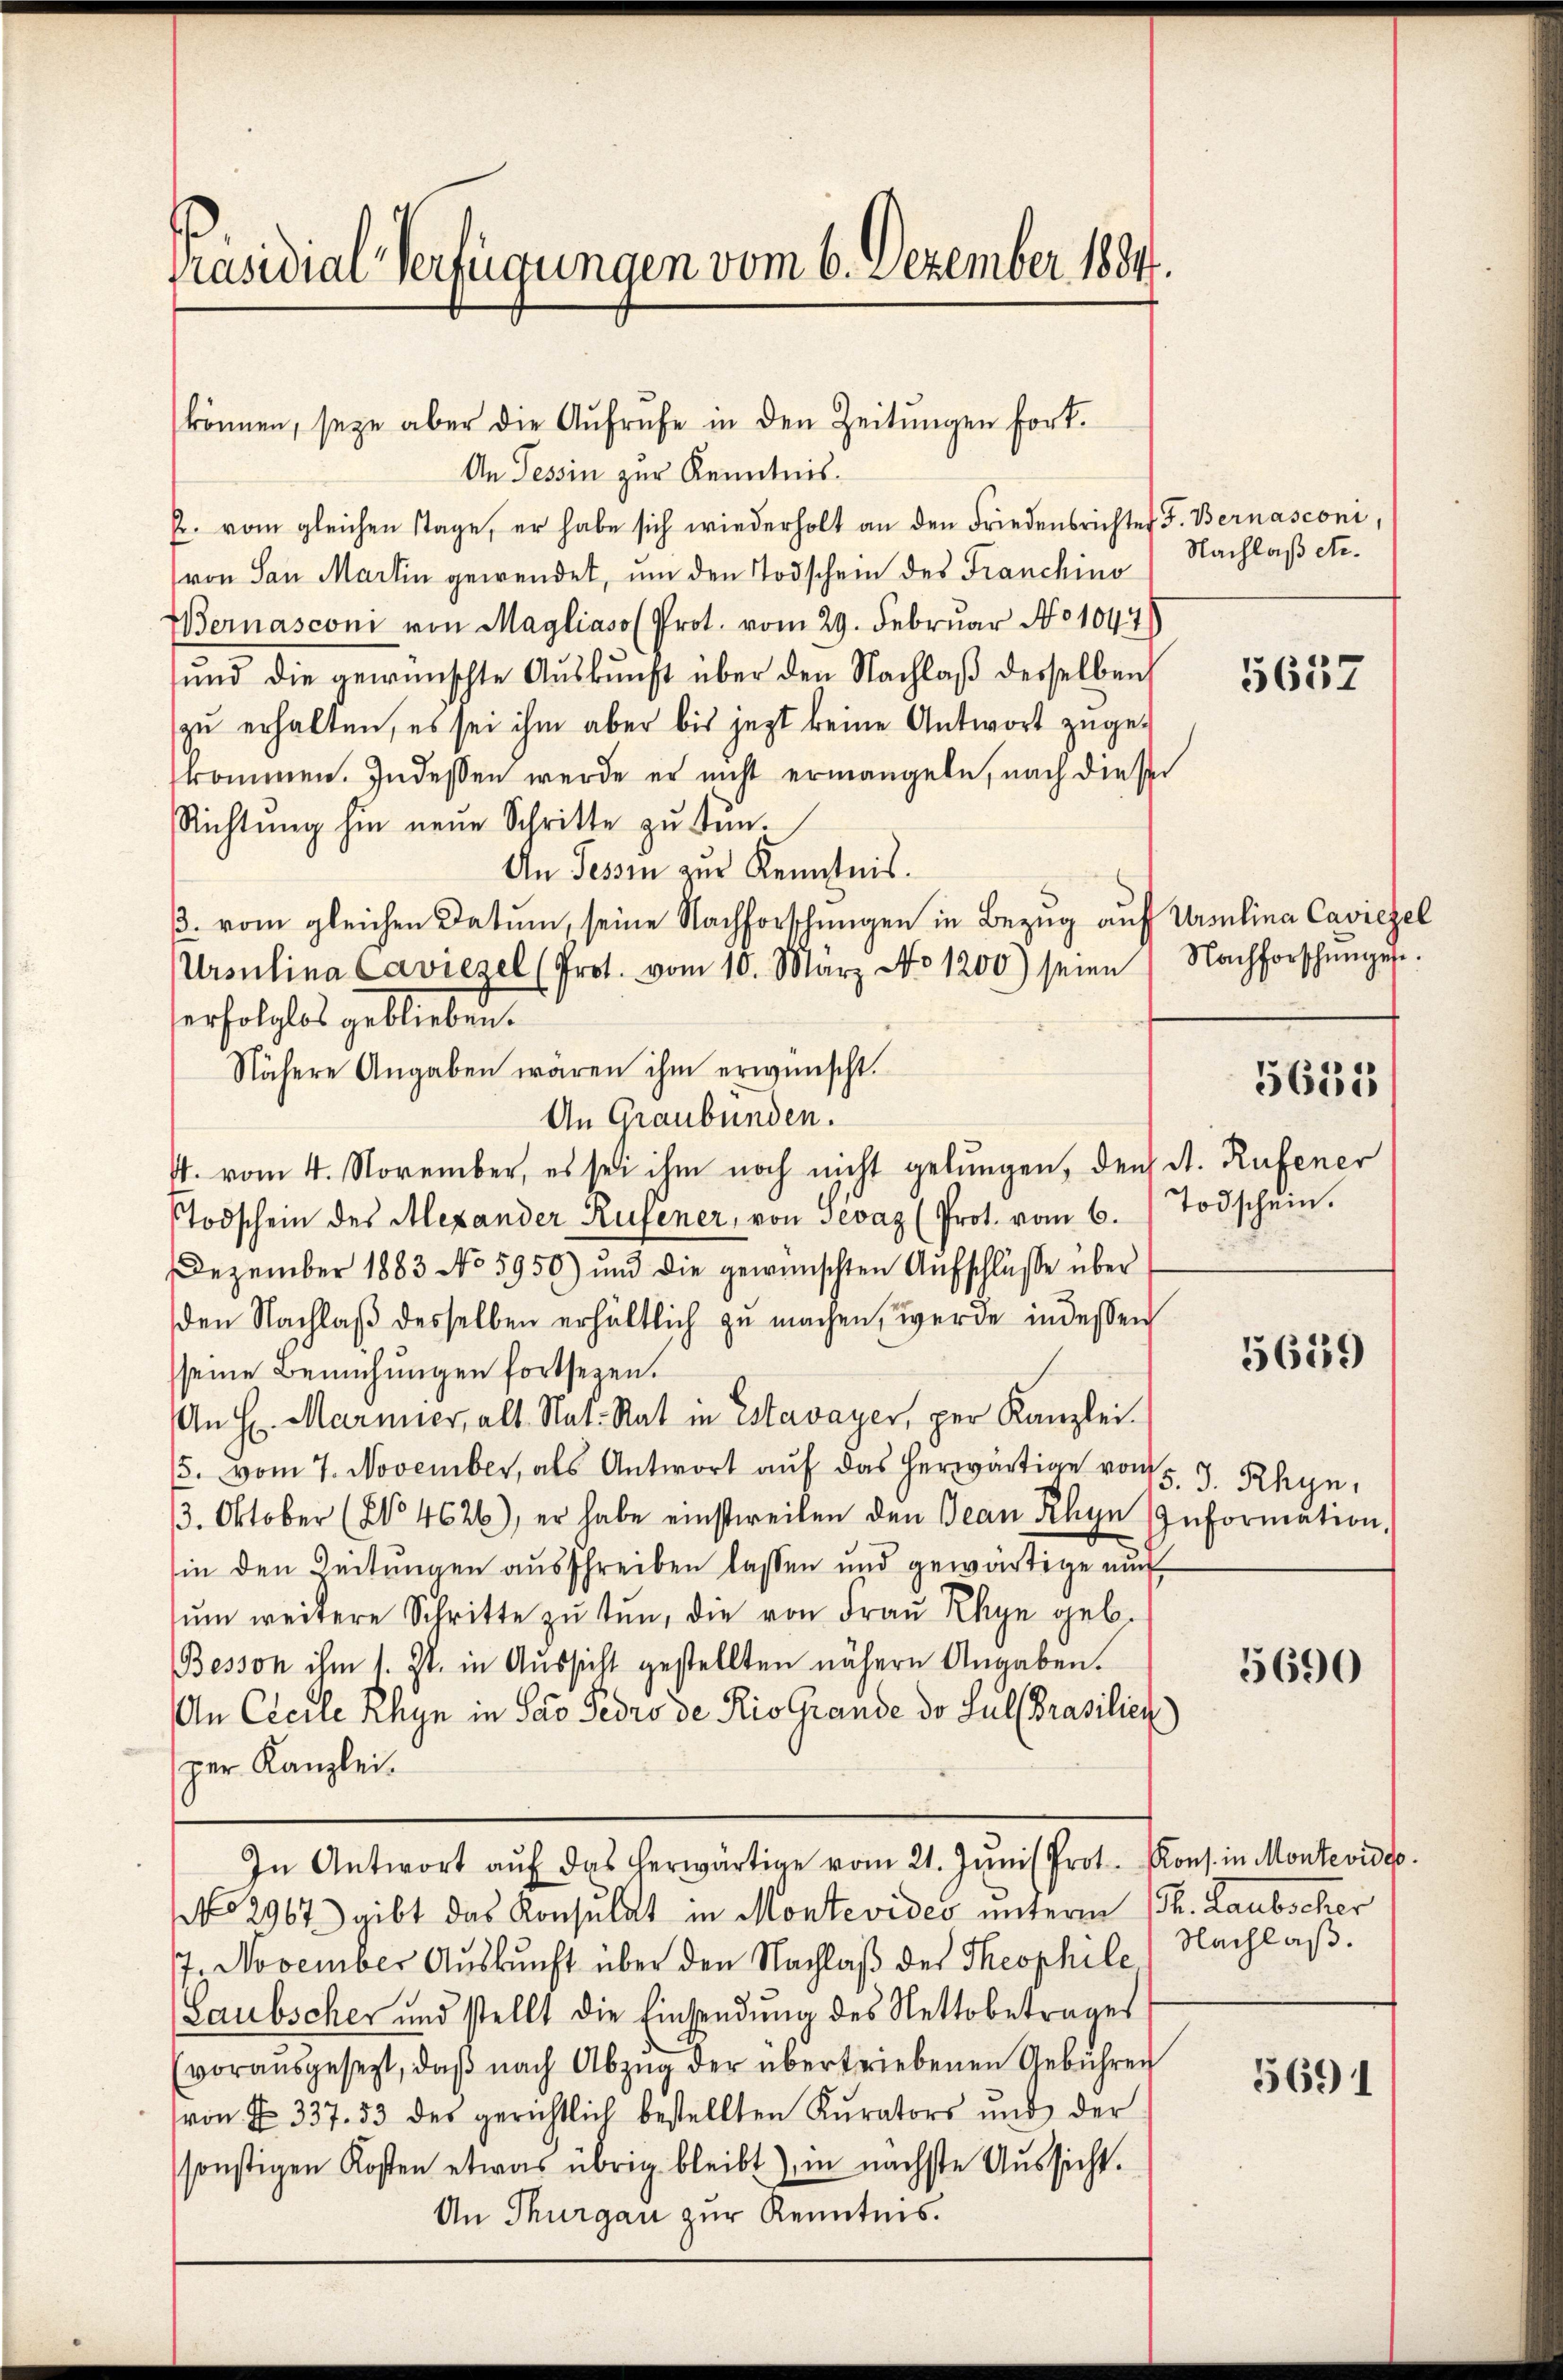
Präsidial-Verfügungen vom 6. Dezember 1884.

können, seye aber die Aufrufe in den Zeitungen fort.
An Tessin zur Kenntnis.
fr. vom gleichen Tage, er habe sich wiederholt an den Friedensrichtes F. Bernasconi,
von San Martin gewendet, um den Todschein des Franchino
Wernasconi von Magliaso (Prot. vom 29. Februar No 10478
ŭnd die gewünschte Aŭskŭnft über den Nachlaβ desselben
zu erhalten, es sei ihm aber bis jezt keine Antwort zugekommen. Indessen werde er nicht ermangele, nach dieser
Richtŭng hin neŭe Schritte zu tun¬
An Tessin zur Kenntnis.
3. vom gleichen Datum, seine Nachforschungen in Bezug auf Ursulina Caviezel
Ursulina Caviezel (Prot. vom 10. März No 1200) seien Nachforschinges.
erfolglos geblieben.
Nähere Angaben wären ihm erwünscht.
An Graubünden.
4. vom 4. November, es sei ihm noch nicht gelungen, den St. Rufener
Todschein des Alexander Rufener, von Sevaz (Prot. vom 6. Todschein.
Dezember 1883 No 5950) und die gewünschten Aufschlüsse über
den Nachlaβ desselben erhältlich zu machen, werde indessen
seine Bemühungen fortsezen.
An H. Marmier, als Nat. Rat in Estavayer, per Kanzlei.
5. vom 7. November, als Antwort aŭf das herwärtige vom 5. J. Rhyn,
3. Oktober (No 4626), er habe einstweilen den Jean Rhyn Information,
in den Zeitungen ausschreiben lassen und gewärtige au
ŭm weitere Schritte zŭ tŭn, die von Fraŭ Rhyn geb.
Besson ihm 1. Zt. in Aussicht gestellten nähere Angaben.
An Cicile Rhyn in Soo Fedio de Rio Grande de sul Brasilien
per Kanzlei.
In Antwort aŭf das herwärtige vom 21. Jŭni Prot. Kons. in Montevidto.
No 2967) gibt das Konsulat in Montevideo unterm 15. Laubscher
7. November Auskunft über den Nachlaß des Theophile Nachlaß¬
Laubscher und stellt die Einsendung des Nettobetrages
voraŭsgesezt, daβ nach Abzŭg der übertriebenen Gebühren
von N. 337. 53 des gerichtlich bestellten Kurators und der
sonstigen Kosten etwas übrig bleibt), in nächste Aussicht.
An Thurgau zur Kenntnis.

Nachlaß etc.

5637

5655

5659

5690

5691